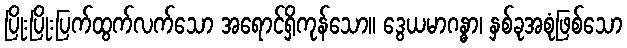
ပြိုးပြိုးပြက်ထွက်လက်သော အရောင်ရှိကုန်သော။ ဒွေယမာဂန္ဓာ၊ နှစ်ခုအစုံဖြစ်သော